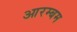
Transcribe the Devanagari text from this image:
आरम्बम